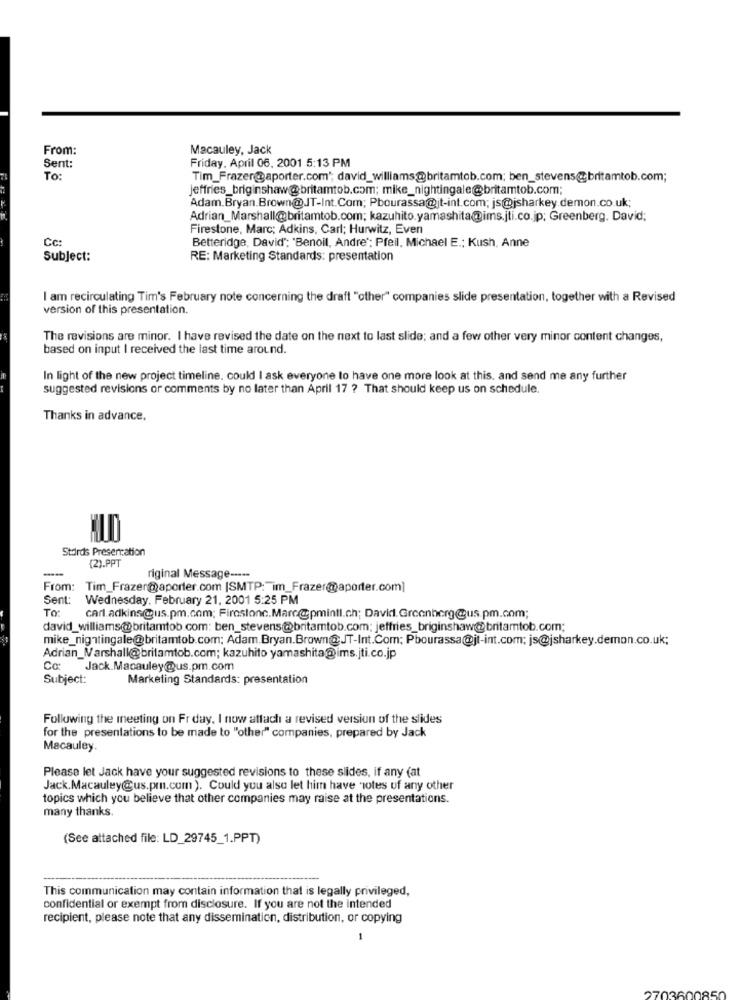
From:
Macauley, Jack
Friday, April 06. 2001 5:13 PM
Sent:
To:
Tim_Frazer@aporter.com"; david_williams@britamtob.com; ben_stevens@britamtob.com;
jeffries_briginshaw@britamtob.com; mike_nightingale@britamtob.com;
Adam.Bryan.Brown@JT-Int.Com; Pbourassa@jt-int.com; js@jsharkey.demon.co.uk;
Adrian_Marshall@britamtob.com; kazuhito.yamashita@ims.jti.co.jp; Greenberg. David;
Firestone, Marc; Adkins, Carl; Hurwitz, Even
Cc:
Betteridge, David"; "Benoil, Andre"; Pfeil, Michael E .; Kush, Anne
Subject:
RE: Marketing Standards: presentation
I am recirculating Tim's February note concerning the draft "other" companies slide presentation, together with a Revised
version of this presentation.
The revisions are minor. I have revised the date on the next to last slide; and a few other very minor content changes,
based on input I received the last time around.
In light of the new project timeline. could I ask everyone to have one more look at this, and send me any further
suggested revisions or comments by no later than April 17 ? That should keep us on schedule.
Thanks in advance.
ALO
Stdrds Presentation
(2).PPT
-
riginal Message -----
From: Tim_Frazer@aporter.com (SMTP: im_Frazer@aporter.com]
Sent:
Wednesday, February 21, 2001 5:25 PM
TO:
carl.adkins@us.pm.com; Firestone.Mare@pmintl.ch; David.Greenberg@us.pm.com;
david_williams@britamtob.com: ben_stevens@britamtob.com; jeffries_briginshaw@britamtob.com;
mike_nightingale@britamtob.com; Adam.Bryan.Brown@JT-Int.Com; Pbourassa@jt-int.com; js@jsharkey.demon.co.uk;
Adrian_Marshall@britamtob.com; kazuhito yamashita@ims.jti.co.jp
Cc: Jack Macauley@us.pm.com
Subject:
Marketing Standards: presentation
Following the meeting on Friday, I now attach a revised version of the slides
for the presentations to be made to "other" companies, prepared by Jack
Macauley.
Please let Jack have your suggested revisions to these slides, if any (at
Jack.Macauley@us.pm.com ). Could you also let him have notes of any other
topics which you believe that other companies may raise at the presentations.
many thanks.
(See attached file: LD_29745_1.PPT)
This communication may contain information that is legally privileged,
confidential or exempt from disclosure. If you are not the intended
recipient, please note that any dissemination, distribution, or copying
2703600850